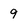
Character: 9